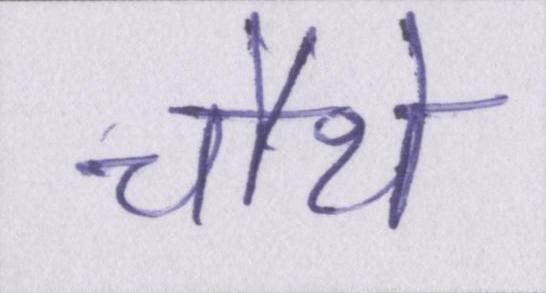
चौथे